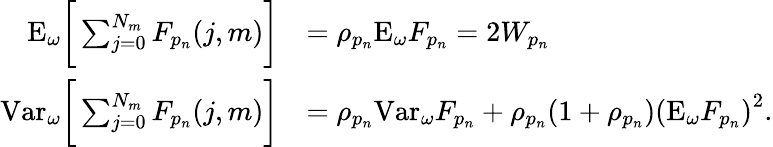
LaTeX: \begin{array}{rl}{\mathrm{E}_{\omega}\bigg[\sum_{j=0}^{N_{m}}F_{p_{n}}(j,m)\bigg]}&{=\rho_{p_{n}}\mathrm{E}_{\omega}F_{p_{n}}=2W_{p_{n}}}\\ {\mathrm{Var}_{\omega}\bigg[\sum_{j=0}^{N_{m}}F_{p_{n}}(j,m)\bigg]}&{=\rho_{p_{n}}\mathrm{Var}_{\omega}F_{p_{n}}+\rho_{p_{n}}(1+\rho_{p_{n}})\left(\mathrm{E}_{\omega}F_{p_{n}}\right)^{2}.}\end{array}